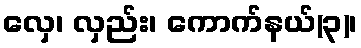
လှေ၊ လှည်း၊ ကောက်နယ်(၃)၊